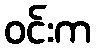
ဝင်းက